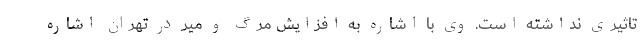
تاثیری نداشته است. وی با اشاره به افزایش مرگ و میر در تهران اشاره